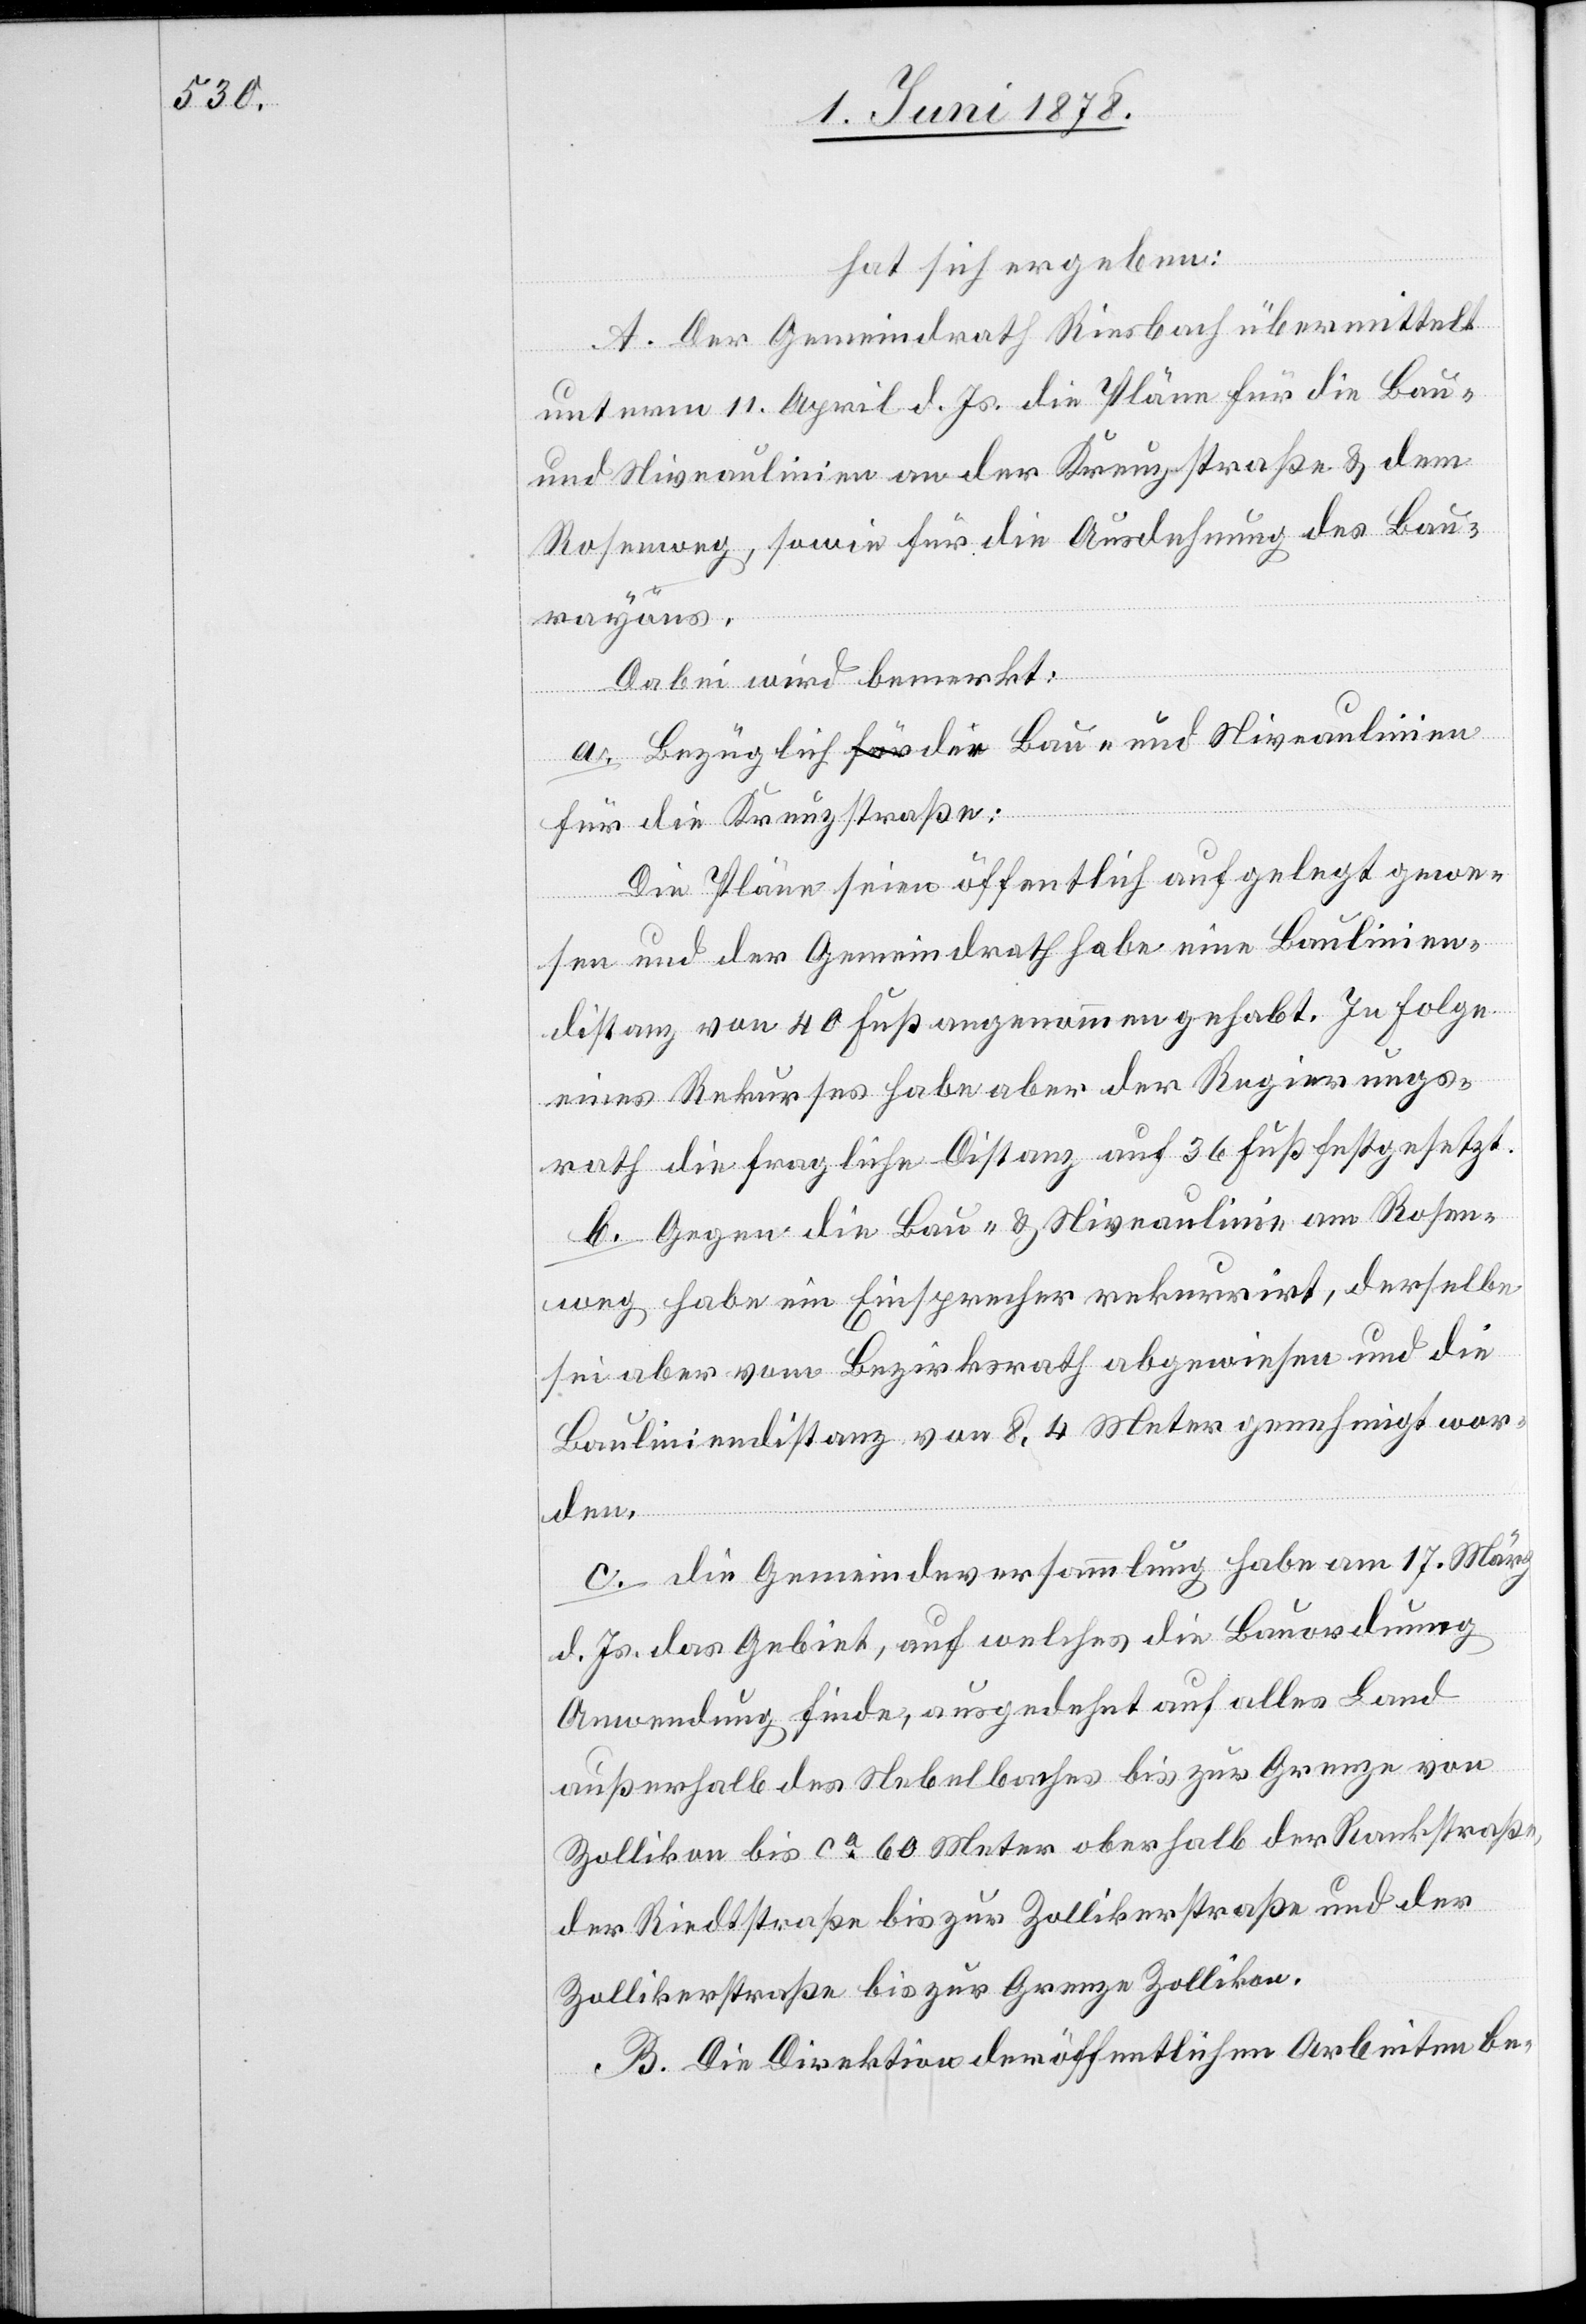
hat sich ergeben:
A. Der Gemeindrath Riesbach übermittelt
unterm 11. April d. Js. die Pläne für die Bau-
und Niveaulinien an der Kreuzstraße & dem
Rosenweg, sowie für die Ausdehnung des Bau¬
rayons.
Dabei wird bemerkt:
a. Bezüglich den Bau- und Niveaulinien
für die Kreuzstraße:
Die Pläne seien öffentlich aufgelegt gewe¬
sen und der Gemeindrath habe eine Baulinien¬
distanz von 40 Fuß angenommen gehabt. In Folge
eines Rekurses habe aber der Regierungs¬
rath die fragliche Distanz auf 36 Fuß festgesetzt.
b. Gegen die Bau- & Niveaulinie am Rosen¬
weg habe ein Einsprecher rekurrirt, derselbe
sei aber vom Bezirksrath abgewiesen und die
Bauliniendistanz von 8.4 Meter genehmigt wor¬
den.
c. Die Gemeindeversammlung habe am 17. März
d. Js. das Gebiet, auf welches die Bauordnung
Anwendung finde, ausgedehnt auf alles Land
außerhalb des Nebelbaches bis zur Grenze von
Zollikon bis ca 60 Meter oberhalb der Rankstraße,
der Riedtstraße bis zur Zollikerstraße und der
Zollikerstraße bis zur Grenze Zollikon.
B. Die Direktion der öffentlichen Arbeiten be-